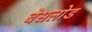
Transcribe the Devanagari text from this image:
बेसलोड